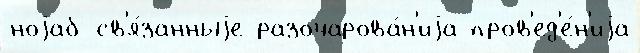
ноjаб св'я́занныjе разочарова́н'иjа пров'ед'е́н'иjа